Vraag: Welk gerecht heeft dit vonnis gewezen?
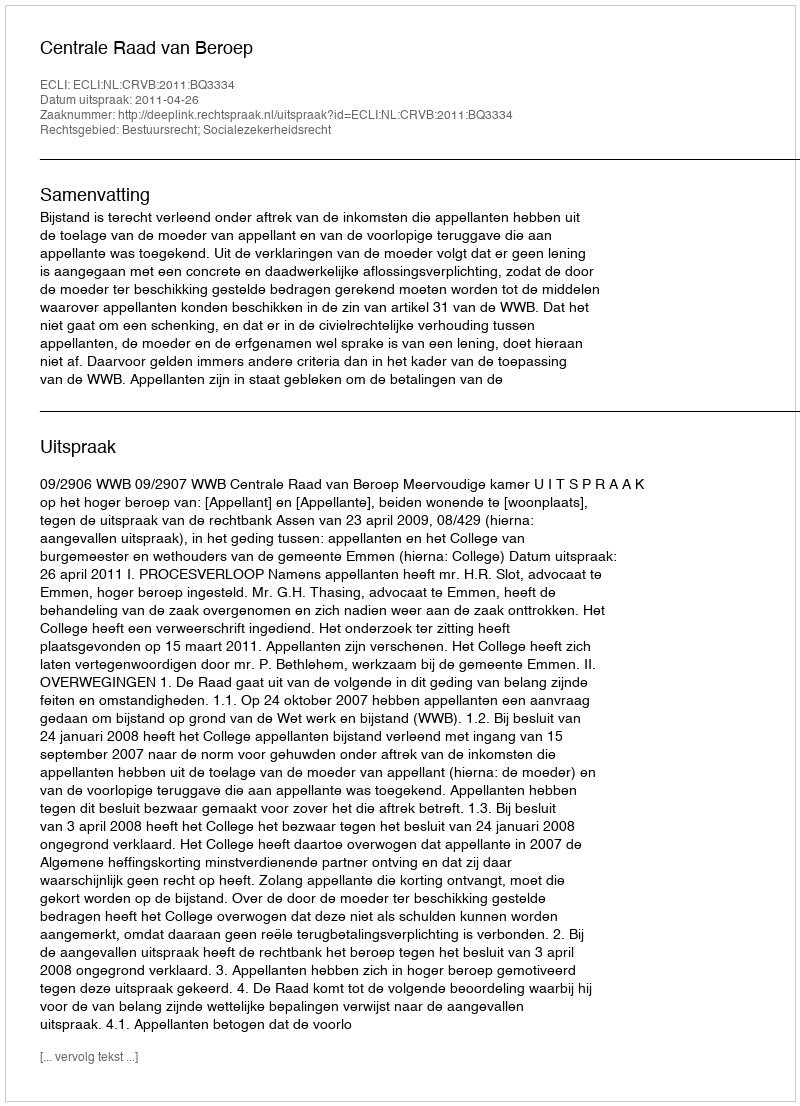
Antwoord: Centrale Raad van Beroep